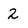
Character: 2